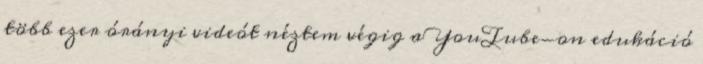
több ezer órányi videót néztem végig a YouTube-on edukáció